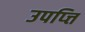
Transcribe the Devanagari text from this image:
उपप्त्ति